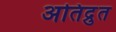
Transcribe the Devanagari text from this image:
अतिद्रुत